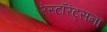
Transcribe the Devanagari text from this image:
रेस्टॉरंट्सना